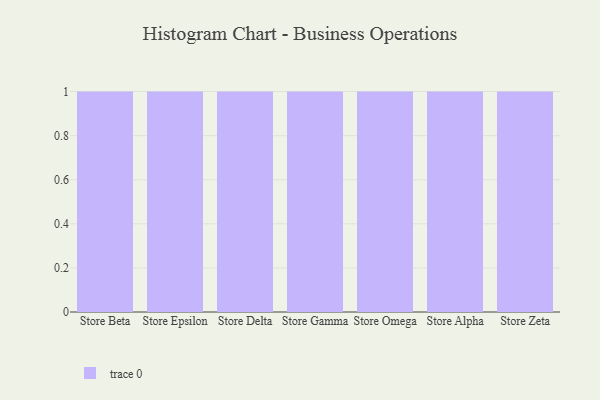
{"axis": {"x": "Store", "y": "Demand Index"}, "legend": [""], "data": [{"x": "Store Beta", "y": 12, "type": ""}, {"x": "Store Epsilon", "y": 100, "type": ""}, {"x": "Store Delta", "y": 89, "type": ""}, {"x": "Store Gamma", "y": 63, "type": ""}, {"x": "Store Omega", "y": 34, "type": ""}, {"x": "Store Alpha", "y": 75, "type": ""}, {"x": "Store Zeta", "y": 5, "type": ""}]}